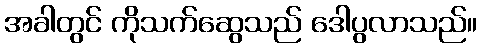
အခါတွင် ကိုသက်ဆွေသည် ဒေါပွလာသည်။